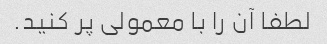
لطفا آن را با معمولی پر کنید.